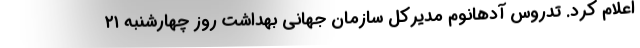
اعلام کرد. تدروس آدهانوم مدیرکل سازمان جهانی بهداشت روز چهارشنبه ۲۱